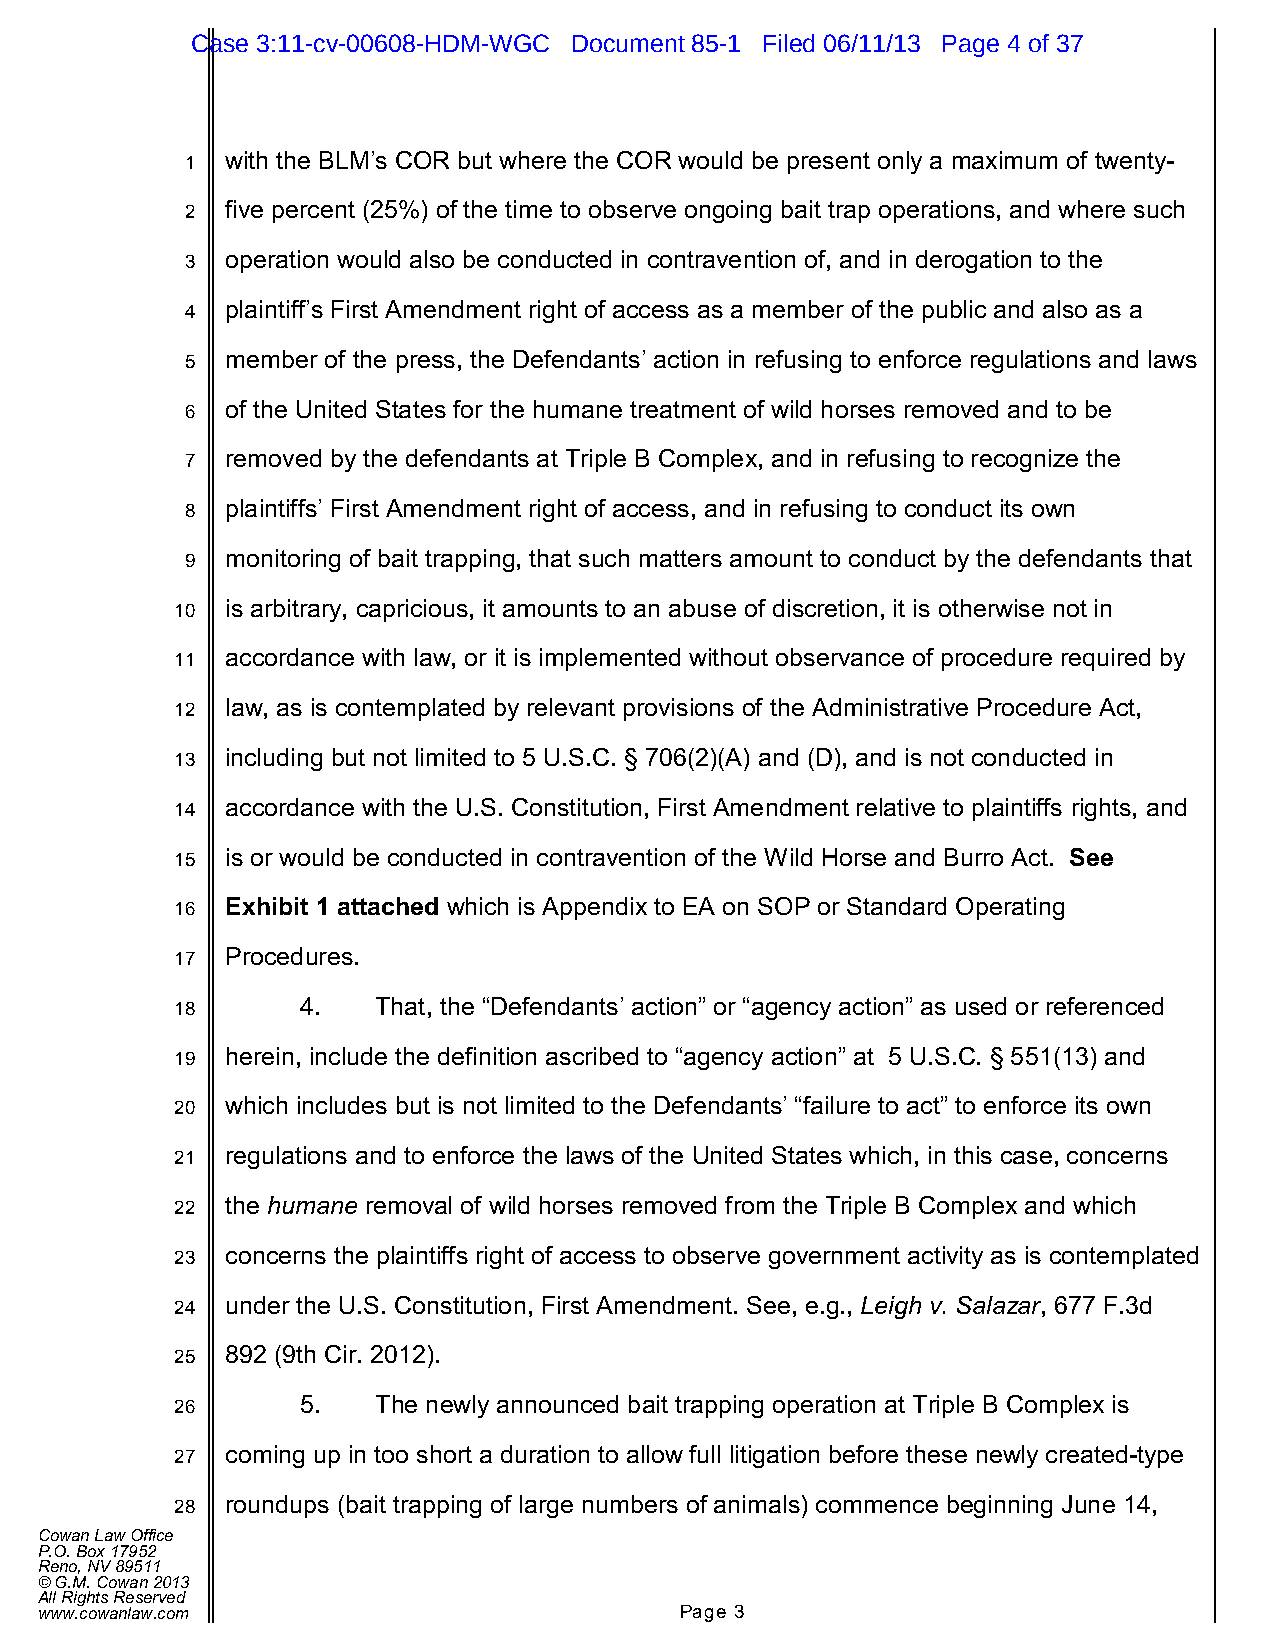
Case 3:11-cv-00608-HDM-WGC Document 85-1 Filed 06/11/13 Page 4 of 37
 1  with the BLM’s COR but where the COR would be present only a maximum of twenty-
 2  five percent (25%) of the time to observe ongoing bait trap operations, and where such
 3  operation would also be conducted in contravention of, and in derogation to the
 4  plaintiff’s First Amendment right of access as a member of the public and also as a
 5  member of the press, the Defendants’ action in refusing to enforce regulations and laws
 6  of the United States for the humane treatment of wild horses removed and to be
 7  removed by the defendants at Triple B Complex, and in refusing to recognize the
 8  plaintiffs’ First Amendment right of access, and in refusing to conduct its own
 9  monitoring of bait trapping, that such matters amount to conduct by the defendants that
 10 is arbitrary, capricious, it amounts to an abuse of discretion, it is otherwise not in
 11 accordance with law, or it is implemented without observance of procedure required by
 12 law, as is contemplated by relevant provisions of the Administrative Procedure Act,
 13 including but not limited to 5 U.S.C. § 706(2)(A) and (D), and is not conducted in
 14 accordance with the U.S. Constitution, First Amendment relative to plaintiffs rights, and
 15 is or would be conducted in contravention of the Wild Horse and Burro Act. See
 16 Exhibit 1 attached which is Appendix to EA on SOP or Standard Operating
 17 Procedures.
 18      4.   That, the “Defendants’ action” or “agency action” as used or referenced
 19 herein, include the definition ascribed to “agency action” at 5 U.S.C. § 551(13) and
 20 which includes but is not limited to the Defendants’ “failure to act” to enforce its own
 21 regulations and to enforce the laws of the United States which, in this case, concerns
 22 the humane removal of wild horses removed from the Triple B Complex and which
 23 concerns the plaintiffs right of access to observe government activity as is contemplated
 24 under the U.S. Constitution, First Amendment. See, e.g., Leigh v. Salazar, 677 F.3d
 25 892 (9th Cir. 2012).
 26      5.   The newly announced bait trapping operation at Triple B Complex is
 27 coming up in too short a duration to allow full litigation before these newly created-type
 28 roundups (bait trapping of large numbers of animals) commence beginning June 14,
 Cowan Law Office
 P.O. Box 17952
 Reno, NV 89511
 © G.M. Cowan 2013
 All Rights Reserved
 www.cowanlaw.com                           Page 3